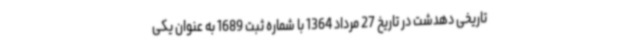
تاریخی دهدشت در تاریخ 27 مرداد 1364 با شماره ثبت 1689 به‌ عنوان یکی